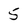
Character: 5